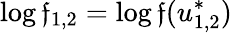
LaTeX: \log\mathfrak{f}_{1,2}=\log\mathfrak{f}(u_{1,2}^{*})